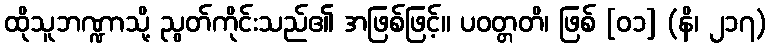
ထိုသူဘဏ္ဍာသို့ ညွတ်ကိုင်းသည်၏ အဖြစ်ဖြင့်။ ပဝတ္တတိ၊ ဖြစ် [၀၁] (နိ၊ ၂၁၇)